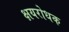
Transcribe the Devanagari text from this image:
क्षयरोधक